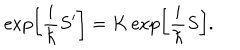
\exp \left[ \frac { i } { \hbar } S ^ { \prime } \right] = K \exp \left[ \frac { i } { \hbar } S \right] .